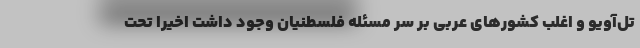
تل‌آویو و اغلب کشورهای عربی بر سر مسئله فلسطنیان وجود داشت اخیرا تحت